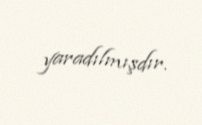
yaradılmışdır.